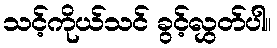
သင့်ကိုယ်သင် ခွင့်လွှတ်ပါ။